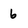
Character: b